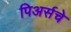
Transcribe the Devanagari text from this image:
पिअर्सचे